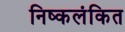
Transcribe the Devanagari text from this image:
निष्कलंकित